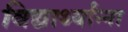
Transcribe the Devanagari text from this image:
विद्यार्थ्यांन्ना